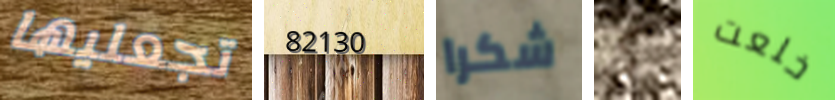
تجعليها 82130 شكرا كما خلعت